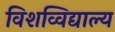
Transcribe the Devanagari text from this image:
विशव्विद्याल्य